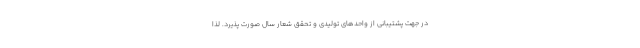
در جهت پشتیبانی از واحد‌های تولیدی و تحقق شعار سال صورت پذیرد. لذا